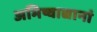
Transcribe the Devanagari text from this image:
अमिष्वाद्यानां